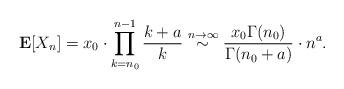
LaTeX: \begin{align*} \mathbf E[X_n] = x_0\cdot\prod_{k=n_0}^{n-1} \frac{k+a}{k} \stackrel{n\to\infty}\sim \frac{x_0\Gamma(n_0)}{\Gamma(n_0+a)}\cdot n^a. \end{align*}